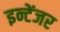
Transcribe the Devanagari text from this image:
इन्टेंजर